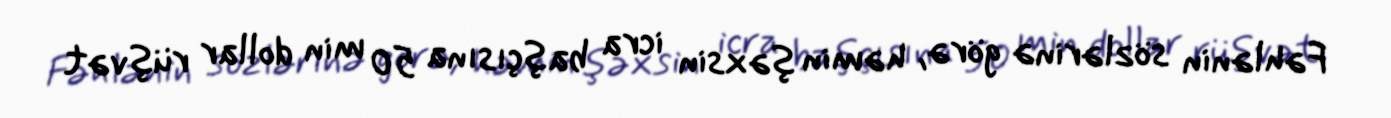
Fəhlənin sözlərinə görə, həmin şəxsin icra başçısına 50 min dollar rüşvət